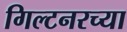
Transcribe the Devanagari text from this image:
गिल्टनरच्या